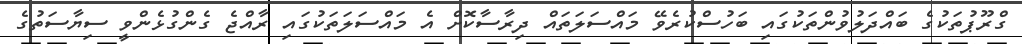
ގްރޫޕުތަކުގެ ބައްދަލުވުންތަކުގައި ބަހުސްކުރެވޭ މައްސަލަތައް ދިރާސާކޮށް އެ މައްސަލަތަކުގައި ރާއްޖެ ގެންގުޅެންވީ ސިޔާސަތުގެ